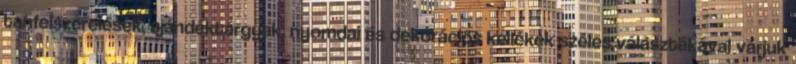
tanfelszerelések, ajándéktárgyak, nyomdai és dekorációs kellékek széles választékával várjuk